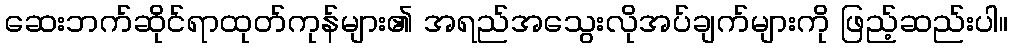
ဆေးဘက်ဆိုင်ရာထုတ်ကုန်များ၏ အရည်အသွေးလိုအပ်ချက်များကို ဖြည့်ဆည်းပါ။